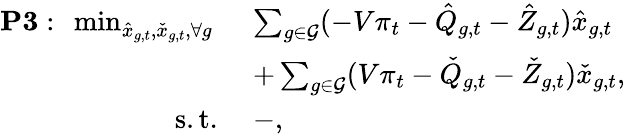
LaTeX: \begin{array}{rl}{\mathbf{P3}:~\operatorname*{min}_{\hat{x}_{g,t},\check{x}_{g,t},\forall g}~}&{\sum_{g\in{\mathcal{G}}}(-V\pi_{t}-\hat{Q}_{g,t}-\hat{Z}_{g,t})\hat{x}_{g,t}}\\ &{+\sum_{g\in{\mathcal{G}}}(V\pi_{t}-\check{Q}_{g,t}-\check{Z}_{g,t})\check{x}_{g,t},}\\ {\mathrm{s.t.}~}&{-,}\end{array}